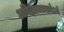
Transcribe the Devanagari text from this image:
अविज्ञाततत्तवेऽर्थे